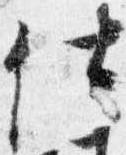
仕